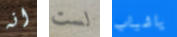
انه لست ياشباب